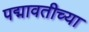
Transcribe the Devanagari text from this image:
पद्मावतीच्या